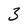
Character: 3